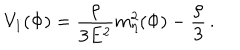
V _ { 1 } ( \Phi ) = \frac { \rho } { 3 E ^ { 2 } } m _ { \eta } ^ { 2 } ( \Phi ) - \frac { \rho } { 3 } \, .